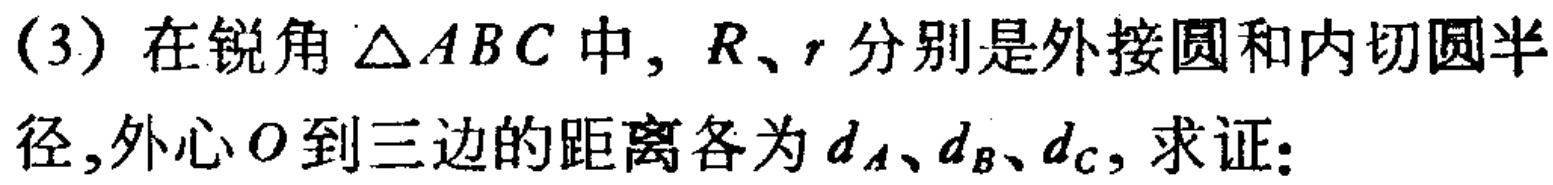
(3) 在锐角$\triangle ABC$中,$R、r$分别是外接圆和内切圆半径,外心$O$到三边的距离各为$d_A、d_B、d_C$, 求证: